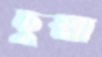
ছুম্মা